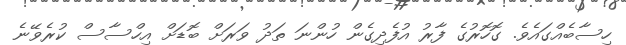
ހިސާބެއްގައެވެ. ގޮހޮރުގެ ފާރު އުފެދިގެން ހުންނަ ތަދު ވަރަށް ބޮޑަށް އިހްސާސް ކުރެވޭނެ